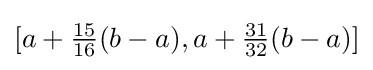
[a+{\tfrac {15}{16}}(b-a),a+{\tfrac {31}{32}}(b-a)]